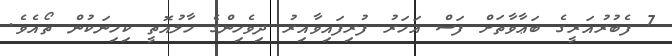
7 ފެބުރުއަރީގެ ބަޢާވާތަށް ފަސް އަހަރު ފުރިފައިވާއިރު ދިވެހިންގެ ހާލުއޮތީ ކިހިނަކުން ތޯއެވެ.